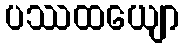
ပဿထယျော